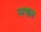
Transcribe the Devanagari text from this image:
म्‍हणल